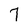
Character: 7